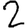
Digit: 2